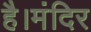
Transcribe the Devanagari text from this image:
है।मंदिर